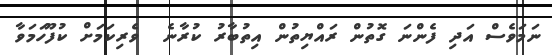
ނަމަވެސް އަދި ފެންނަ ގޮތުން ރައްޔިތުން އިތުބާރު ކުރާނެ  ވެރިކަމަށް ކުފޫހަމަވާ